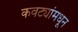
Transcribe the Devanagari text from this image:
कवट्यांमधून